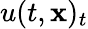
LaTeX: u(t,\mathbf{x})_{t}